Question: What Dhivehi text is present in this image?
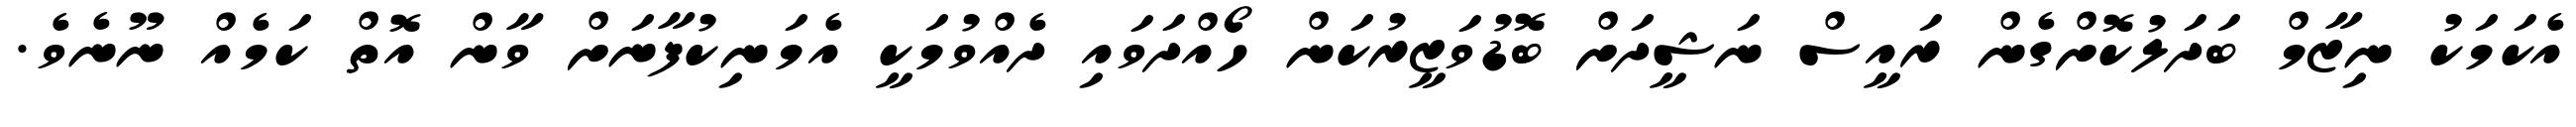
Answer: އެކަމަކު ނިޒާމް ބަދަލުކޮށްގެން ރައީސް ނަޝީދަށް ބޮޑުވަޒީރުކަން ހޯއްދަވައި ދެއްވުމަކީ އެމަނިކުފާނަށް ވާން އޮތް ކަމެއް ނޫނެވެ.